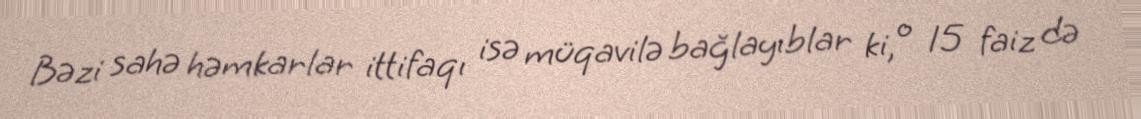
Bəzi sahə həmkarlar ittifaqı isə müqavilə bağlayıblar ki, o 15 faiz də